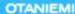
OTANIEMI